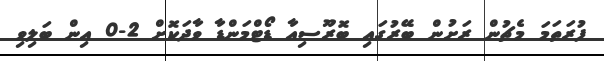
ފުރަތަމަ މެޗުން ރަށުން ބޭރުގައި ބޮރޫސިއާ ޑޯޓްމަންޑާ ވާދަކޮށް 2-0 އިން ބަލިވި